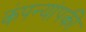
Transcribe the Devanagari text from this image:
कंपन्यांपकी